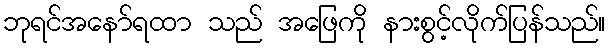
ဘုရင်အနော်ရထာ သည် အဖြေကို နားစွင့်လိုက်ပြန်သည်။